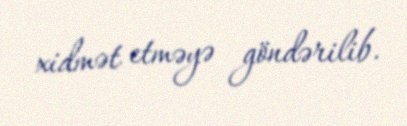
xidmət etməyə göndərilib.